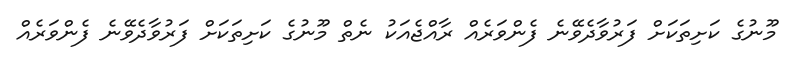
މޫނުގެ ކަށިތަކަށް ފަރުވާދެވޭނެ ފެންވަރެއް ރާއްޖެއަކު ނެތް މޫނުގެ ކަށިތަކަށް ފަރުވާދެވޭނެ ފެންވަރެއް